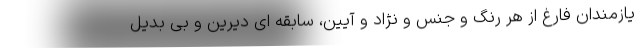
یازمندان فارغ از هر رنگ و جنس و نژاد و آیین، سابقه ای دیرین و بی بدیل